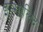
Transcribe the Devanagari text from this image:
इन्गालिंद